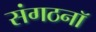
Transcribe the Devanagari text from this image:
संगठनॉ